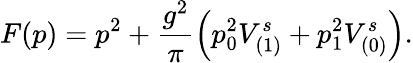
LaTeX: F(p)=p^{2}+\frac{g^{2}}{\pi}\left(p_{0}^{2}V_{(1)}^{s}+p_{1}^{2}V_{(0)}^{s}\right).